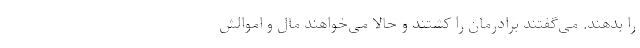
را بدهند. می‌گفتند برادرمان را کشتند و حالا می‌خواهند مال و اموالش